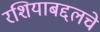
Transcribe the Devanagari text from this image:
रशियाबद्दलचे